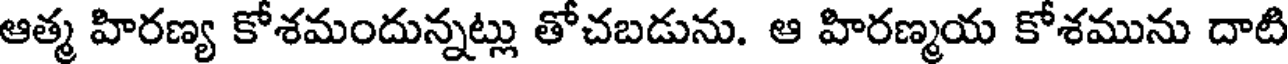
ఆత్మ హిరణ్య కోశమందున్నట్లు తోచబడును. ఆ హిరణ్మయ కోశమును దాటి